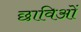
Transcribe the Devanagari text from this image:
छाविओं